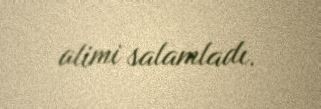
alimi salamladı.